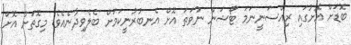
ބޮޑަށް އޮށުގައި ރިއްސަނީނަމަ ޓޯޝަން ނުވަތަ އޮށް އެނބުރުނީކަމަށް ބެލެވިދާނެއެވެ. މިގޮތަށް އޮށް